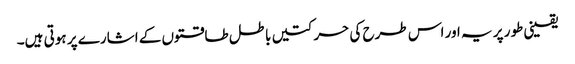
یقینی طور پر یہ اور اس طرح کی حرکتیں باطل طاقتوں کے اشارے پر ہوتی ہیں۔